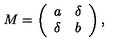
M = \left( \begin{array} { l l } { a } & { \delta } \\ { \delta } & { b } \\ \end{array} \right) ,